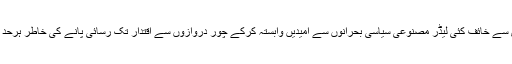
ہمارے سیاسی ماحول میں آزادی سے خائف کئی لیڈر مصنوعی سیاسی بحرانوں سے امیدیں وابستہ کرکے چور دروازوں سے اقتدار تک رسائی پانے کی خاطر ہرحد سے گزرنے کو تیار بیٹھے ہیں۔